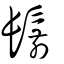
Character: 鬋